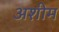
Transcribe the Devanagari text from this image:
अशीम